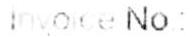
INVOICE NO :